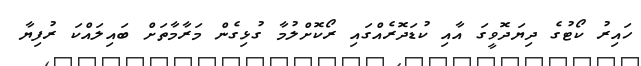
ހައިރު ކޯޓުގެ ދިޔަދޮވީގަ އާއި ކުޑަދޮރެއްގައި ރޯކޮށްލުމާ ގުޅިގެން މަރާމާތަށް ބައިލައްކަ ރުފިޔާ